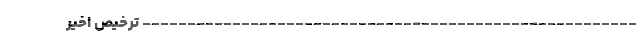
------------------------------------------------------- ترخیص اخیر